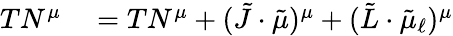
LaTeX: \begin{array}{rl}{TN^{\mu}}&{{}=TN^{\mu}+(\tilde{J}\cdot\tilde{\mu})^{\mu}+(\tilde{L}\cdot\tilde{\mu}_{\ell})^{\mu}}\end{array}